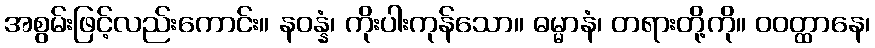
အစွမ်းဖြင့်လည်းကောင်း။ နဝန္နံ၊ ကိုးပါးကုန်သော။ ဓမ္မာနံ၊ တရားတို့ကို။ ဝဝတ္ထာနေ၊